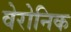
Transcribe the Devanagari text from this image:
वेरोनिक